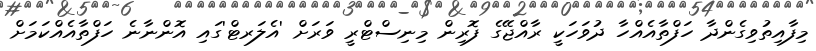
މިފާއިތުވިގެންދާ ހަފްތާއެއްހާ ދުވަހަކީ ރާއްޖޭގެ ފޮރިން މިނިސްޓްރީ ވަރަށް 'އެލަރޓް'ގައި އޮންނާނެ ހަފްތާއެއްކަމަށް